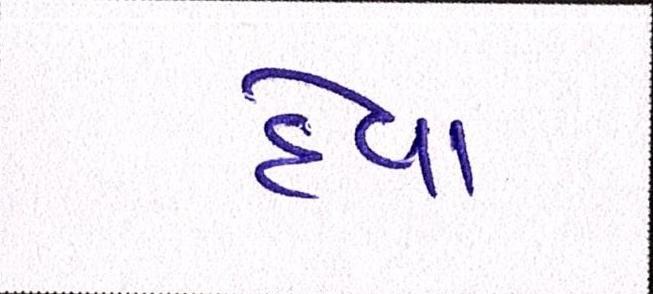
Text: દેવા